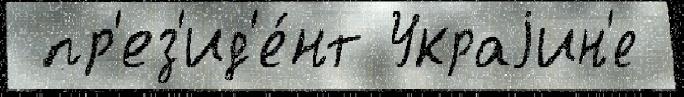
 пр'ез'ид'е́нт Украjин'е